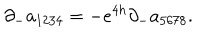
LaTeX: \partial _ { - } a _ { 1 2 3 4 } = - e ^ { 4 h } \partial _ { - } a _ { 5 6 7 8 } .